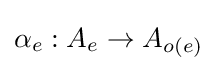
\alpha _{e}:A_{e}\to A_{o(e)}